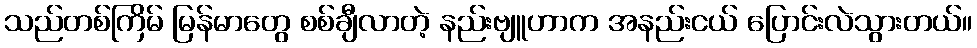
သည်တစ်ကြိမ် မြန်မာတွေ စစ်ချီလာတဲ့ နည်းဗျူဟာက အနည်းငယ် ပြောင်းလဲသွားတယ်။